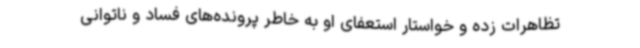
تظاهرات زده و خواستار استعفای او به خاطر پرونده‌های فساد و ناتوانی